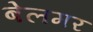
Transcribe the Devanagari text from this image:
बेलमर